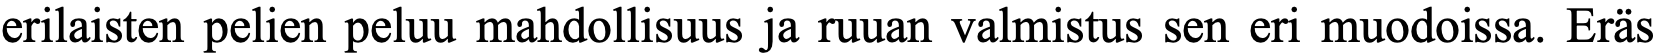
erilaisten pelien peluu mahdollisuus ja ruuan valmistus sen eri muodoissa. Eräs